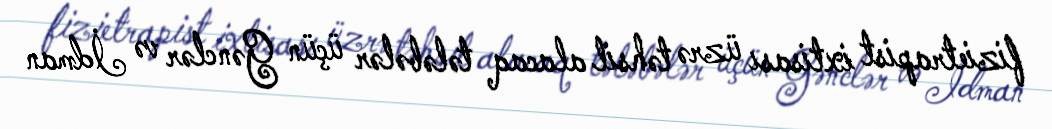
fizietrapist ixtisası üzrə təhsil alacaq tələbələr üçün Gənclər və İdman